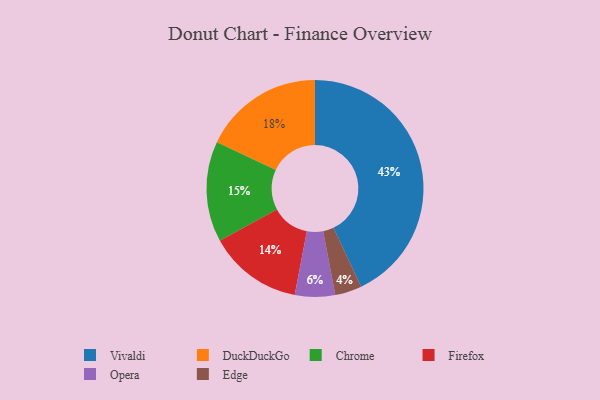
{"axis": {"x": "Category", "y": "Percentage"}, "legend": ["Chrome", "DuckDuckGo", "Edge", "Firefox", "Opera", "Vivaldi"], "data": [{"x": "DuckDuckGo", "y": 18, "type": "DuckDuckGo"}, {"x": "Edge", "y": 4, "type": "Edge"}, {"x": "Firefox", "y": 14, "type": "Firefox"}, {"x": "Chrome", "y": 15, "type": "Chrome"}, {"x": "Opera", "y": 6, "type": "Opera"}, {"x": "Vivaldi", "y": 43, "type": "Vivaldi"}]}